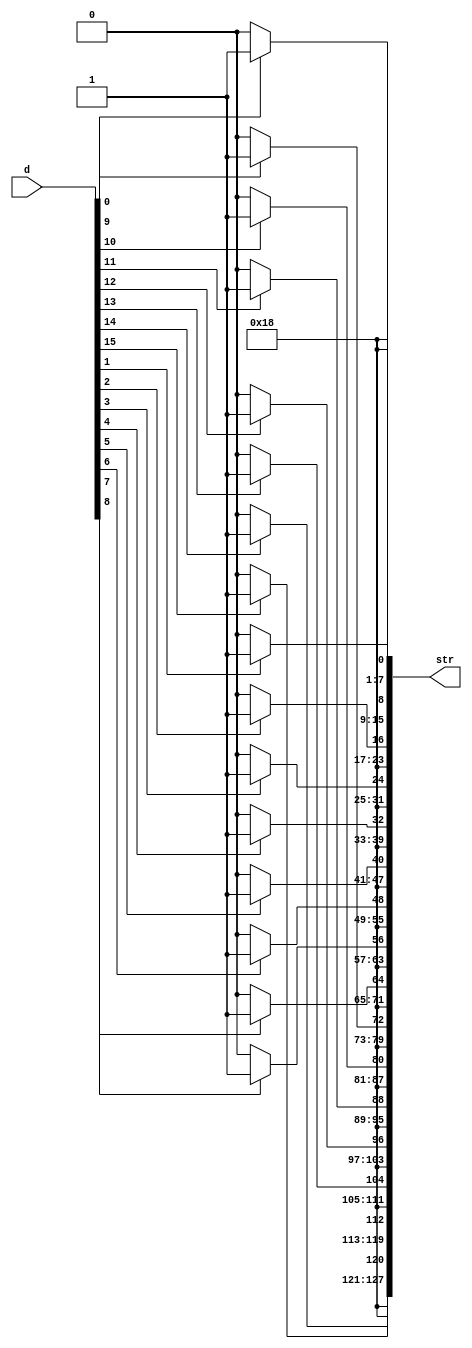
module D2STR_B#
    (
    parameter integer len = 16 // Symbols to show
    )
    (
        output wire [127:0] str,
        input wire [len-1:0] d
    );
    genvar i;
    generate
    for (i = 0; i < len; i = i + 1) begin
        assign str[8*i+7:8*i] = d[i]? "1" : "0";
    end
    for (i = len; i < 16; i = i + 1) begin
        assign str[8*i+7:8*i] = " ";
    end
    endgenerate
endmodule